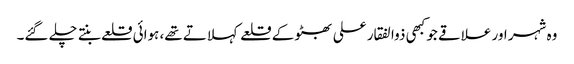
وہ شہر اور علاقے جو کبھی ذوالفقار علی بھٹو کے قلعے کہلاتے تھے، ہوائی قلعے بنتے چلے گئے۔